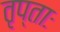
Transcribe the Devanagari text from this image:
तृप्ताः